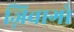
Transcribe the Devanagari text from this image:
ज़िवागो